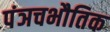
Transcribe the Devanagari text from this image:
पंञचभौतिक